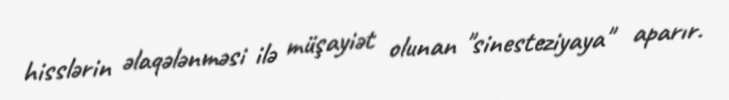
hisslərin əlaqələnməsi ilə müşayiət olunan "sinesteziyaya" aparır.